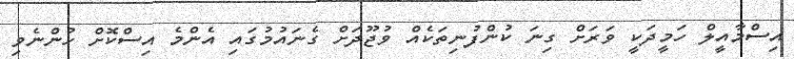
އިސްމާއީލް ހަމީދަކީ ވަރަށް ގިނަ ކުންފުނިތަކެއް ވުޖޫދަށް ގެނައުމުގައި އެންމެ އިސްކޮށް ހުންނެވި